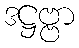
ဒဋ္ဌဗ္ဗာ